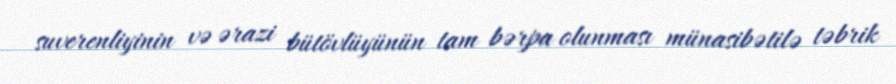
suverenliyinin və ərazi bütövlüyünün tam bərpa olunması münasibətilə təbrik